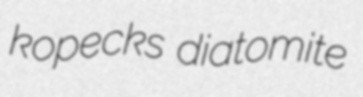
kopecks diatomite